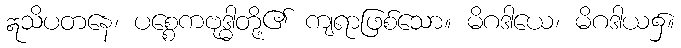
ဣသိပတနေ၊ ပစ္စေကဗုဒ္ဓါတို့၏ ကျရာဖြစ်သော။ မိဂဒါယေ၊ မိဂဒါယ၌။